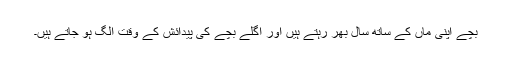
بچے اپنی ماں کے ساتھ سال بھر رہتے ہیں اور اگلے بچے کی پیدائش کے وقت الگ ہو جاتے ہیں۔